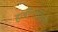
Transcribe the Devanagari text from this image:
हर्जीगोविना